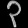
Digit: ၃